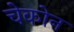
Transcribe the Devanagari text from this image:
चेकोन